Indian journal of veterinary science and animal husbandry - Volume 4,
Year: 1934
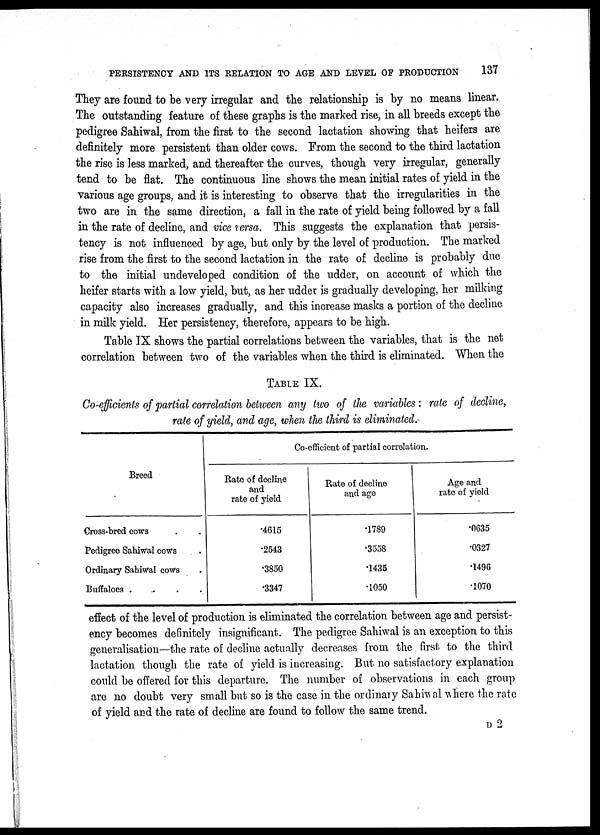
PERSISTENCY AND ITS RELATION TO AGE AND LEVEL OF PRODUCTION
137
They are found to be very irregular and the relationship is by no means linear.
The outstanding feature of these graphs is the marked rise, in all breeds except the
pedigree Sahiwal, from the first to the second lactation showing that heifers are
definitely more persistent than older cows. From the second to the third lactation
the rise is less marked, and thereafter the curves, though very irregular, generally
tend to be flat. The continuous line shows the mean initial rates of yield in the
various age groups, and it is interesting to observe that the irregularities in the
two are in the same direction, a fall in the rate of yield being followed by a fall
in the rate of decline, and vice versa. This suggests the explanation that persis-
tency is not influenced by age, but only by the level of production. The marked
rise from the first to the second lactation in the rate of decline is probably due
to the initial undeveloped condition of the udder, on account of which the
heifer starts with a low yield, but, as her udder is gradually developing, her milking
capacity also increases gradually, and this increase masks a portion of the decline
in milk yield. Her persistency, therefore, appears to be high.
Table IX shows the partial correlations between the variables, that is the net
correlation between two of the variables when the third is eliminated. When the
TABLE IX.
Co-efficients of partial correlation between any two of the variables: rate of decline,
rate of yield, and age, when the third is eliminated.
Breed
Cross-bred cows . .
Pedigree Sahiwal cows .
Ordinary Sahiwal cows .
Buffaloes .
.
.
.
Co-efficient of partial correlation.
Rate of decline
and
rate of yield
.4615
.2543
.3850
.3347
Rate of decline
and age
.1789
.3558
.1435
.1050
Age and
rate of yield
.0635
.0327
.1496
.1070
effect of the level of production is eliminated the correlation between age and persist-
ency becomes definitely insignificant. The pedigree Sahiwal is an exception to this
generalisation—the rate of decline actually decreases from the first to the third
lactation though the rate of yield is increasing. But no satisfactory explanation
could be offered for this departure. The number of observations in each group
are no doubt very small but so is the case in the ordinary Sahiwal where the rate
of yield and the rate of decline are found to follow the same trend.
D 2